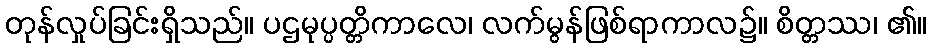
တုန်လှုပ်ခြင်းရှိသည်။ ပဌမုပ္ပတ္တိကာလေ၊ လက်မွန်ဖြစ်ရာကာလ၌။ စိတ္တဿ၊ ၏။